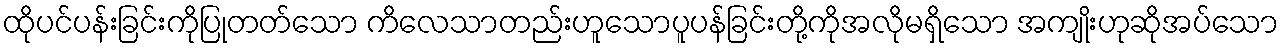
ထိုပင်ပန်းခြင်းကိုပြုတတ်သော ကိလေသာတည်းဟူသောပူပန်ခြင်းတို့ကိုအလိုမရှိသော အကျိုးဟုဆိုအပ်သော